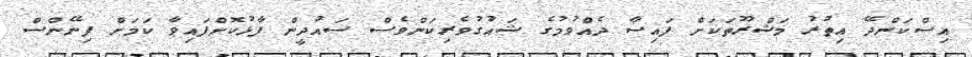
އިސްކަންދޭ އިތުރު މަޝްރޫތަކަށް ފައިސާ ދެއްވުމުގެ ޝައުގުވެރިކަންވެސް ސައުދީން ފާޅުކޮށްފައިވާ ކަމަށް ފިނޭންސް